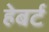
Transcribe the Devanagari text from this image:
हेबर्ट